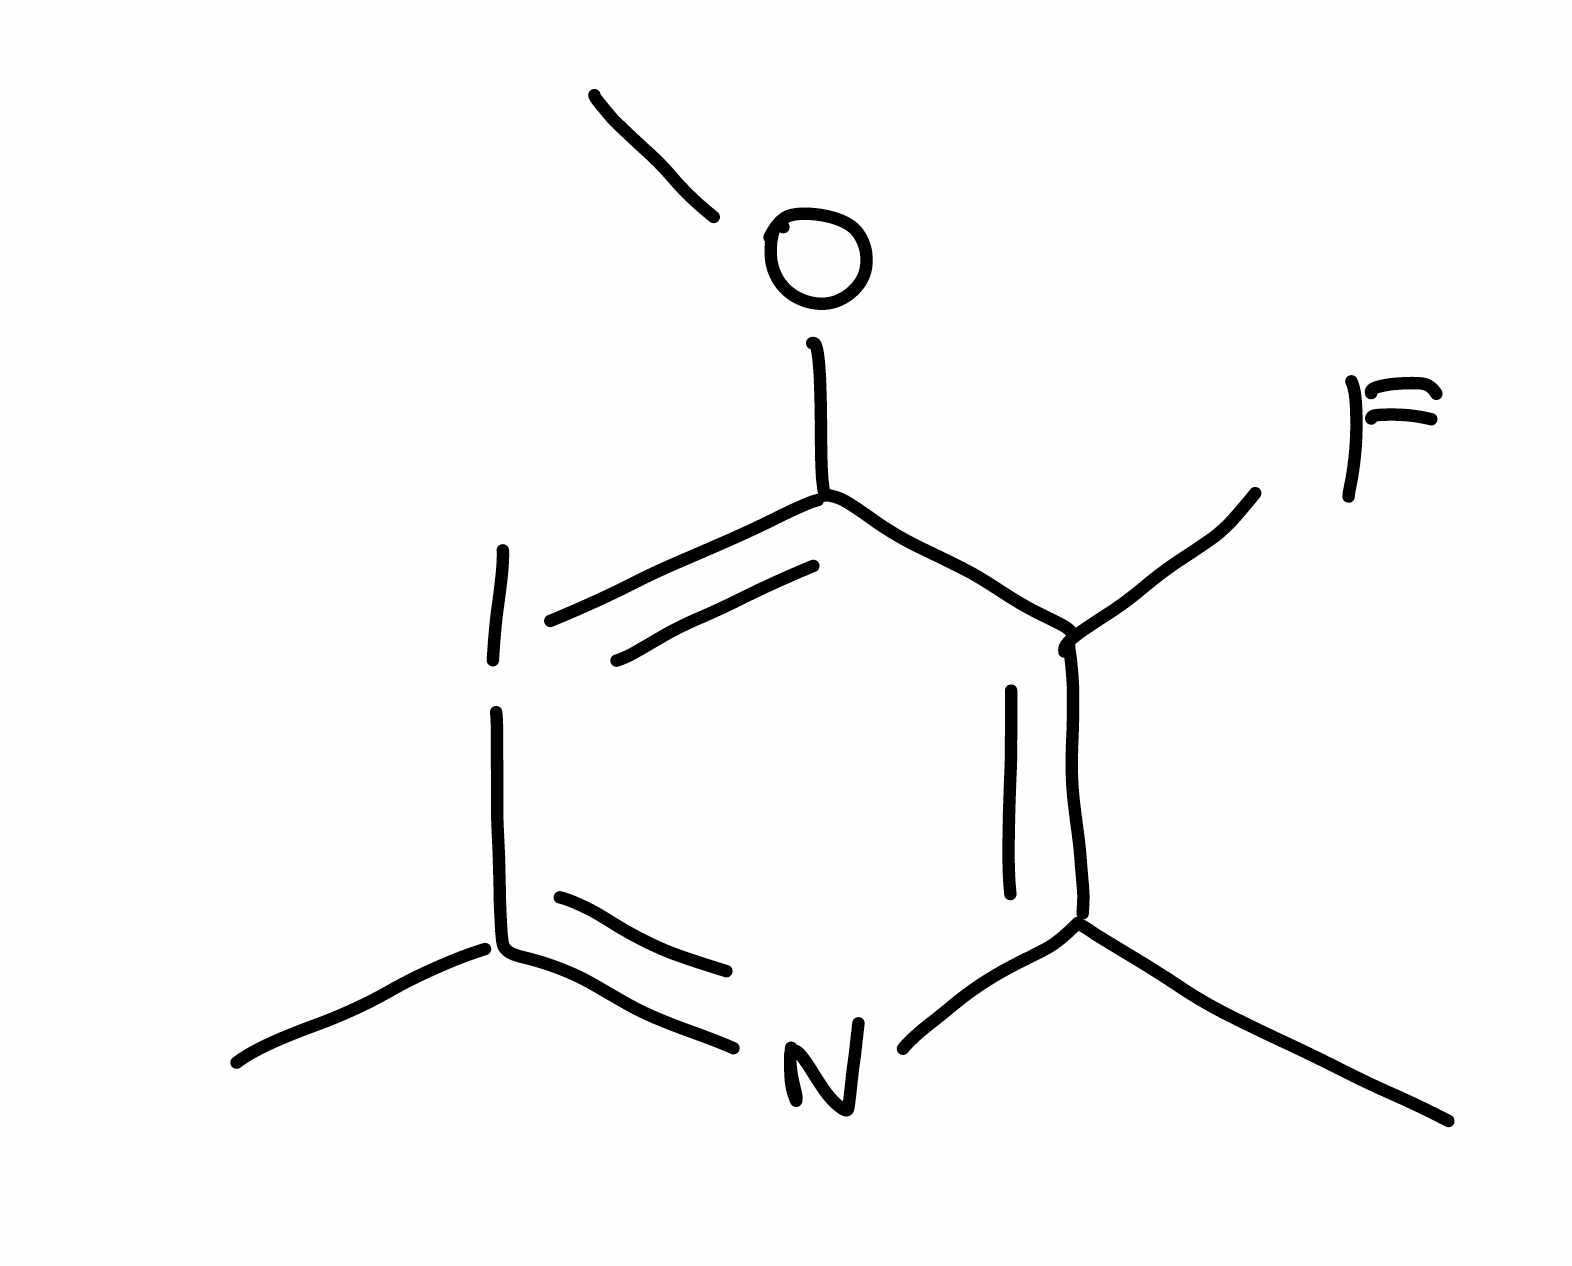
Simplified molecular-input line-entry system (SMILES) notation of the given molecule:
CC1=C(C(=IC(=N1)C)OC)F